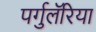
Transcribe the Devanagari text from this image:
पर्गुलॅरिया